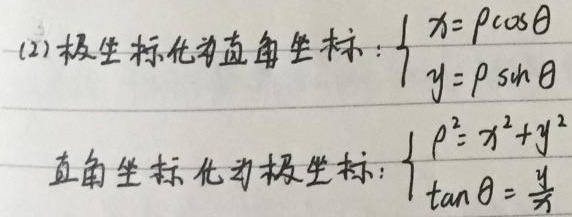
(2) 极坐标化为直角坐标：
\(\begin{cases}x = \rho\cos\theta\\y = \rho\sin\theta\end{cases}\)

直角坐标化为极坐标：
\(\begin{cases}\rho^{2}=x^{2}+y^{2}\\\tan\theta=\frac{y}{x}\end{cases}\)